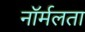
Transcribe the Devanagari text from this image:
नॉर्मलता